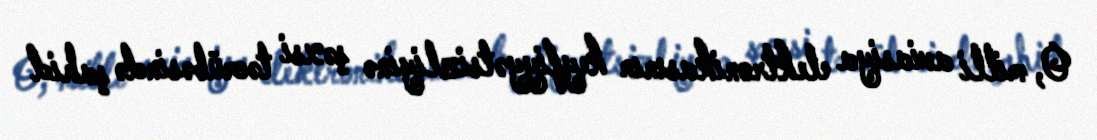
O, milli aviasiya elektronikasının keyfiyyətsizliyinə şəxsi təcrübəsində şahid